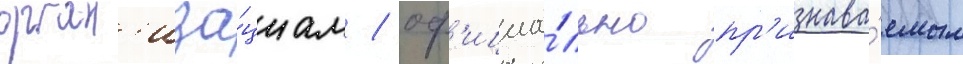
орган'иза́циам / оф'ициа́льно пр'изнава́емым